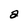
Character: 2